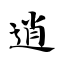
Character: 逍